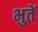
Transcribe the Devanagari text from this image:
भुतें